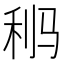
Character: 𩧸